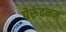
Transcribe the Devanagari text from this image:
पेरुंदनम्